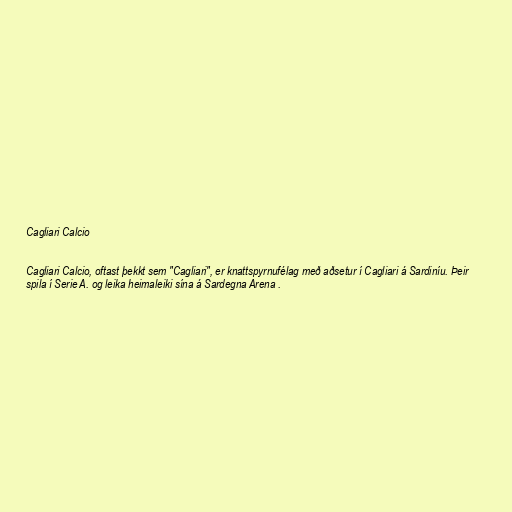
Cagliari Calcio

Cagliari Calcio, oftast þekkt sem "Cagliari", er knattspyrnufélag með aðsetur í Cagliari á Sardiníu. Þeir
spila í Serie A. og leika heimaleiki sína á Sardegna Arena .